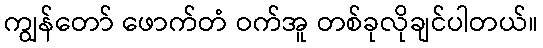
ကျွန်တော် ဖောက်တံ ဝက်အူ တစ်ခုလိုချင်ပါတယ်။